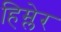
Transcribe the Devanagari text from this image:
हिम्लेर